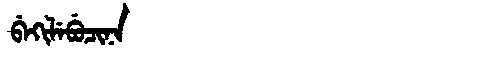
Manchu: ᠪᡝᡴᡳᠯᡝᠪᡠᠴᡳᠨᠠ
Romanization: BEKILEBUCINA